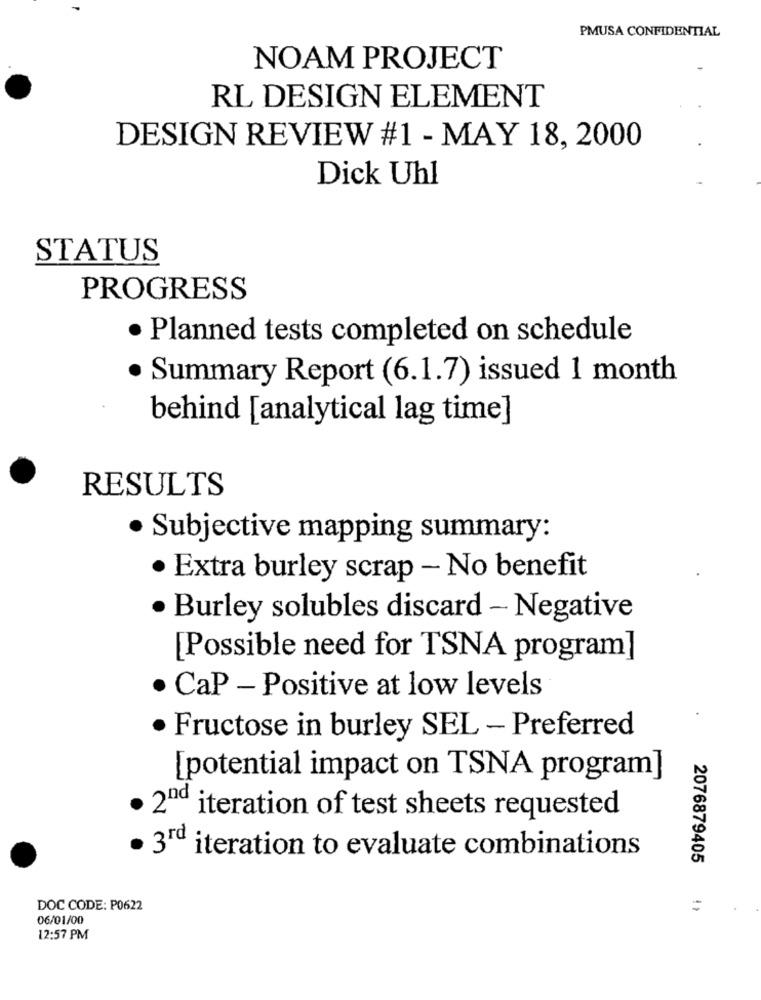
PMUSA CONFIDENTIAL
NOAM PROJECT
RL DESIGN ELEMENT
DESIGN REVIEW #1 - MAY 18, 2000
Dick Uhl
STATUS
PROGRESS
· Planned tests completed on schedule
· Summary Report (6.1.7) issued 1 month
behind [analytical lag time]
RESULTS
· Subjective mapping summary:
· Extra burley scrap - No benefit
Burley solubles discard - Negative
[Possible need for TSNA program]
CaP - Positive at low levels
Fructose in burley SEL - Preferred
[potential impact on TSNA program]
2nd iteration of test sheets requested
· 3rd iteration to evaluate combinations
2076879405
DOC CODE: P0622
=
06/01/00
12:57 PM